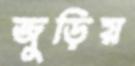
জুড়িয়